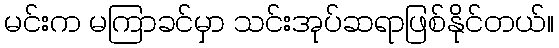
မင်းက မကြာခင်မှာ သင်းအုပ်ဆရာဖြစ်နိုင်တယ်။